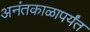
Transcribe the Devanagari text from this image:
अनंतकाळापर्यंत